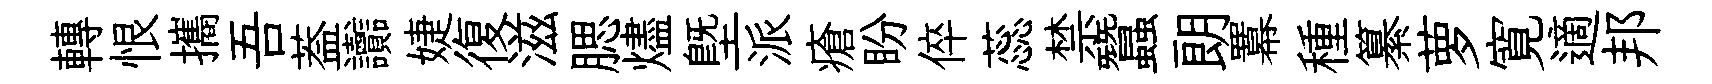
轉恨攜吾葢讟婕復滋腮燼塈派瘡盼倅蕊禁蠶朗羃種纂萝寛適邦